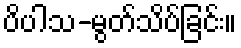
ပိပါသ-မွတ်သိပ်ခြင်း။